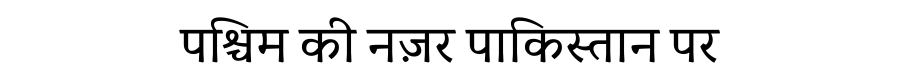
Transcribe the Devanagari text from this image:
पश्चिम की नज़र पाकिस्तान पर